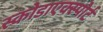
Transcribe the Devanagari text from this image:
स्कोडाएक्स्पोर्ट